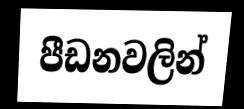
පීඩනවලින්